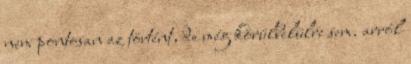
nem pontosan az történt, de még körülbelülre sem. arról